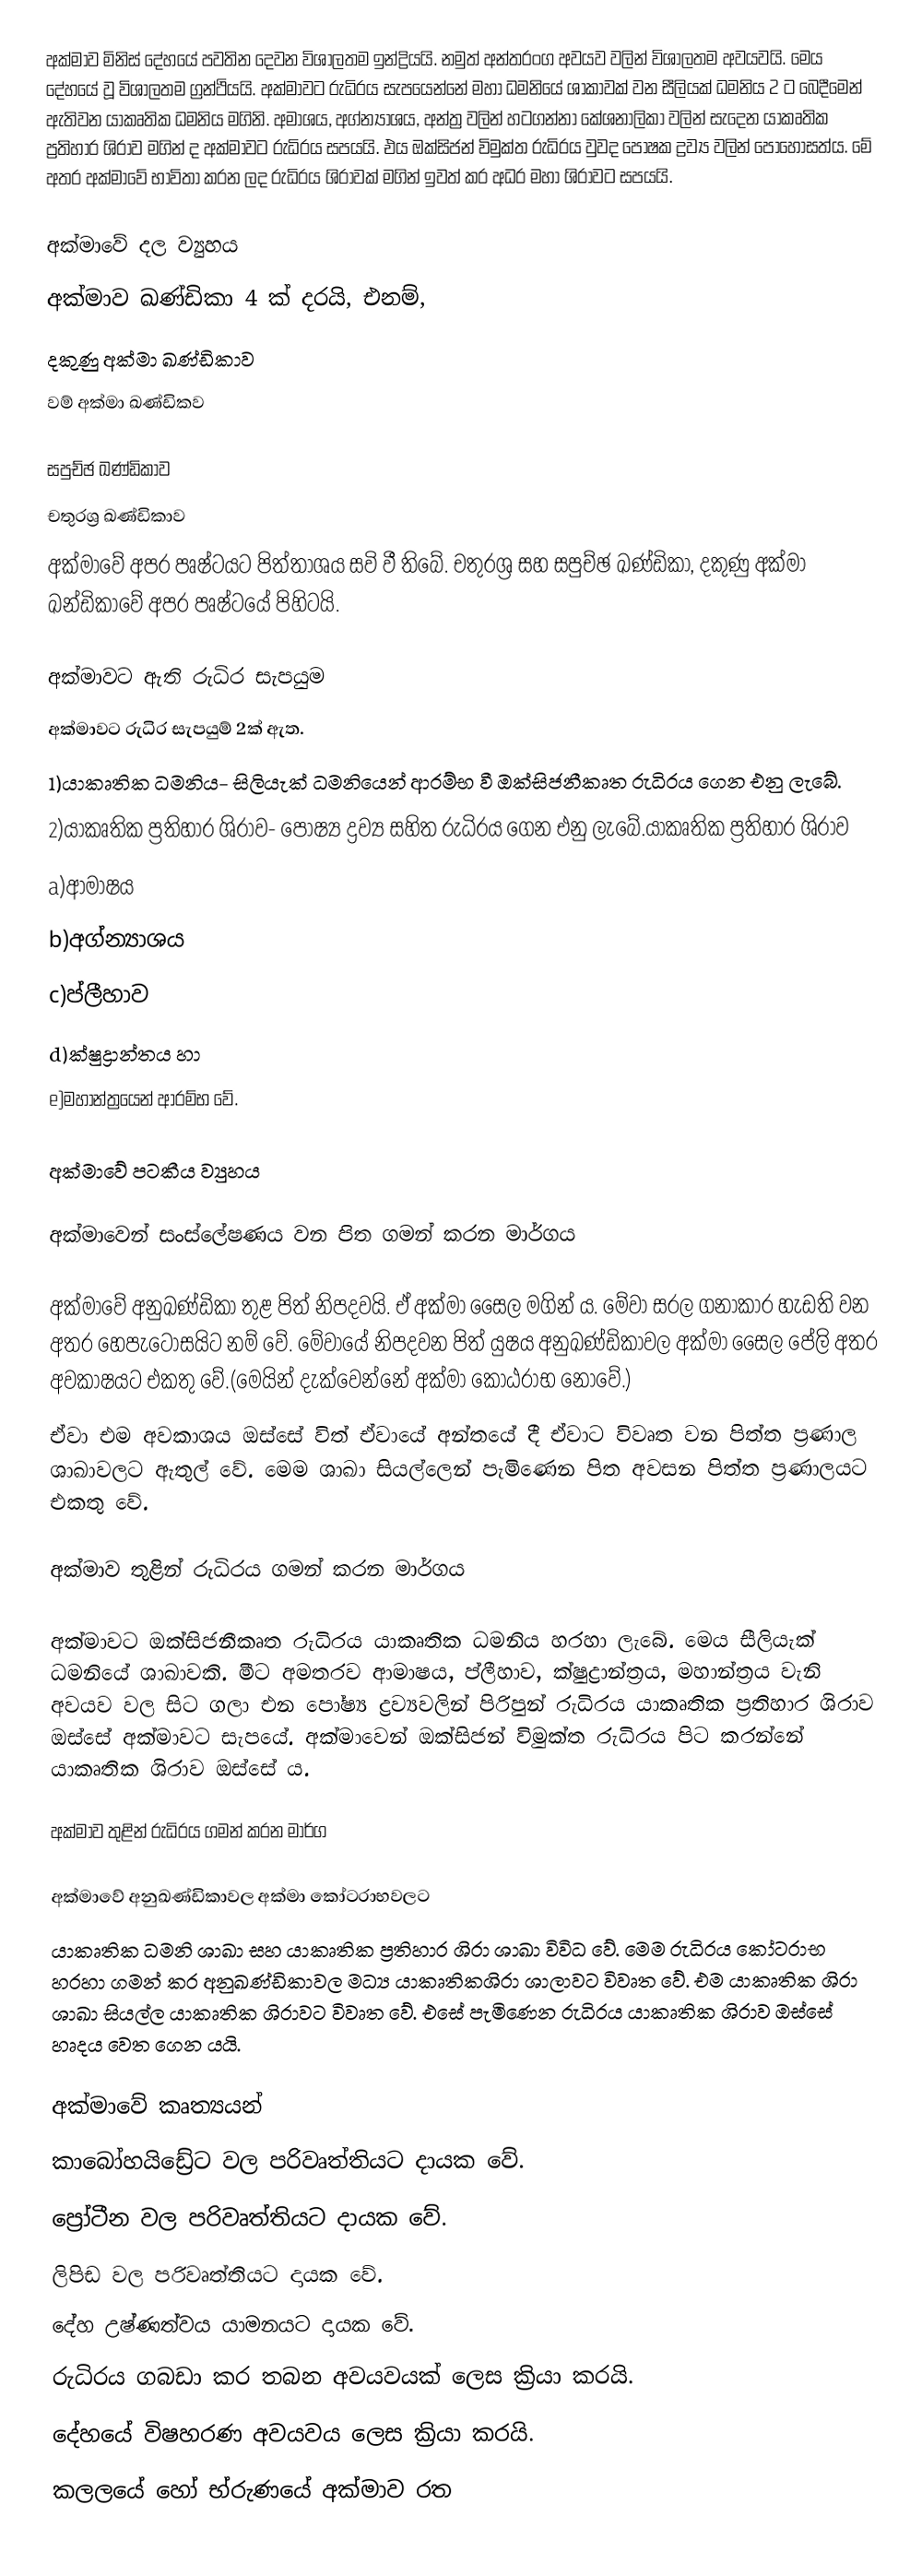
අක්මාව මිනිස් දේහයේ පවතින දෙවන විශාලතම ඉන්ද්‍රියයි. නමුත් අන්තරංග අවයව වලින් විශාලතම අවයවයි. මෙය දේහයේ වූ විශාලතම ග්‍රන්ථියයි. අක්මාවට රුධිරය සැපයෙන්නේ මහා ධමනියේ ශාකාවක් වන සීලියක් ධමනිය 2 ට බෙදීමෙන් ඇතිවන යාකෘතික ධමනිය මගිනි. අමාශය, අග්න්‍යාශය, අන්ත්‍ර වලින් හටගන්නා කේශනාලිකා වලින් සැදෙන යාකෘතික ප්‍රතිහාර ශිරාව මගින් ද අක්මාවට රුධිරය සපයයි. එය ඔක්සිජන් විමුක්ත රුධිරය වුවද  පෝෂක ද්‍රව්‍ය  වලින් පොහොසත්ය. මේ අතර අක්මාවේ භාවිතා කරන ලද රුධිරය ශිරාවක් මගින් ඉවත් කර අධර මහා ශිරාවට සපයයි.

අක්මාවේ දල ව්‍යුහය
අක්මාව ඛණ්ඩිකා 4 ක් දරයි, එනම්,
දකුණු අක්මා ඛණ්ඩිකාව
වම් අක්මා ඛණ්ඩිකව

සපුච්ඡ ඛණ්ඩිකාව
චතුරශ්‍ර ඛණ්ඩිකාව
අක්මාවේ අපර පෘෂ්ටයට පිත්තාශය සවි වී තිබේ. චතුරශ්‍ර සහ සපුච්ඡ ඛණ්ඩිකා, දකුණු අක්මා ඛන්ඩිකාවේ අපර පෘෂ්ටයේ පිහිටයි.

අක්මාවට ඇති රුධිර සැපයුම
අක්මාවට රුධිර සැපයුම් 2ක් ඇත.
1)යාකෘතික ධමනිය- සිලියැක් ධමනියෙන් ආරම්භ වී ඔක්සිජනීකෘත රුධිරය ගෙන එනු ලැබේ.
2)යාකෘතික ප්‍රතිහාර ශිරාව- පොෂ්‍ය ද්‍රව්‍ය සහිත රුධිරය ගෙන එනු ලැබේ.යාකෘතික ප්‍රතිහාර ශිරාව
a)ආමාෂය
b)අග්න්‍යාශය
c)ප්ලීහාව
d)ක්ෂුද්‍රාන්තය හා
e)මහාන්ත්‍රයෙන්    ආරම්භ වේ.

අක්මාවේ පටකීය ව්‍යුහය

අක්මාවෙන් සංස්ලේෂණය වන පිත ගමන් කරන මාර්ගය

අක්මාවේ අනුඛණ්ඩිකා තුළ පිත් නිපදවයි. ඒ අක්මා සෛල මගින් ය. මේවා සරල ගනාකාර හැඩති වන අතර හෙපැටොසයිට නම් වේ. මේවායේ නිපදවන පිත් යුෂය අනුඛණ්ඩිකාවල අක්මා සෛල පේලි අතර අවකාෂයට එකතු වේ.(මෙයින් දැක්වෙන්නේ අක්මා කෝඨරාභ නොවේ.)
ඒවා එම අවකාශය ඔස්සේ විත් ඒවායේ අන්තයේ දී ඒවාට විවෘත වන පිත්ත ප්‍රණාල ශාඛාවලට ඇතුල් වේ. මෙම ශාඛා සියල්ලෙන් පැමිණෙන පිත අවසන පිත්ත ප්‍රණාලයට එකතු වේ.

අක්මාව තුළින් රුධිරය ගමන් කරන මාර්ගය

අක්මාවට ඔක්සිජනීකෘත රුධිරය යාකෘතික ධමනිය හරහා ලැබේ. මෙය සීලියැක් ධමනියේ ශාඛාවකි. මීට අමතරව ආමාෂය, ප්ලීහාව, ක්ෂුද්‍රාන්ත්‍රය, මහාන්ත්‍රය වැනි අවයව වල සිට ගලා එන පෝෂ්‍ය ද්‍රව්‍යවලින් පිරිපුන් රුධිරය යාකෘතික ප්‍රතිහාර ශිරාව ඔස්සේ අක්මාවට සැපයේ. අක්මාවෙන් ඔක්සිජන් විමුක්ත රුධිරය පිට කරන්නේ යාකෘතික ශිරාව ඔස්සේ ය.

අක්මාව තුළින් රුධිරය ගමන් කරන මාර්ග

අක්මාවේ අනුඛණ්ඩිකාවල අක්මා කෝටරාභවලට
යාකෘතික ධමනි ශාඛා සහ යාකෘතික ප්‍රතිහාර ශිරා ශාඛා විවිධ වේ. මෙම රුධිරය කෝටරාභ හරහා ගමන් කර අනුඛණ්ඩිකාවල මධ්‍ය යාකෘතිකශිරා ශාලාවට විවෘත වේ. එම යාකෘතික ශිරා ශාඛා සියල්ල යාකෘතික ශිරාවට විවෘත වේ. එසේ පැමිණෙන රුධිරය යාකෘතික ශිරාව ඔස්සේ හෘදය වෙත ගෙන යයි.

අක්මාවේ කෘත්‍යයන්
කාබෝහයිඩ්‍රේට වල පරිවෘත්තියට දායක වේ.
ප්‍රෝටීන වල පරිවෘත්තියට දායක වේ.
ලිපිඩ වල පරිවෘත්තියට දායක වේ.
දේහ උෂ්ණත්වය යාමනයට දායක වේ.
රුධිරය ගබඩා කර තබන අවයවයක් ලෙස ක්‍රියා කරයි.
දේහයේ විෂහරණ අවයවය ලෙස ක්‍රියා කරයි.
කලලයේ හෝ භ්රුණයේ අක්මාව රත